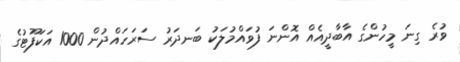
ވުރެ ގިނަ މީހުންގެ އާބާދީއެއް އޮންނަ ފުވައްމުލަކު ބަނދަރު ސަރަހައްދުން 1000 އަކަފޫޓުގެ